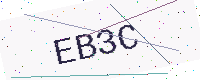
Text: EB3C